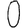
Digit: 0